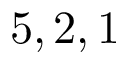
5 , 2 , 1